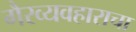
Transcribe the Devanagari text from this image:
गैरव्यवहाराचा